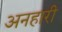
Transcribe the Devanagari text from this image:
अनहारी